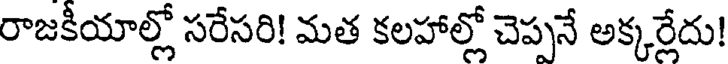
రాజకీయాల్లో సరేసరి! మత కలహాల్లో చెప్పనే అక్కర్లేదు!